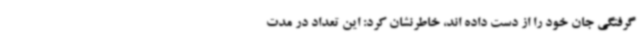
گرفتگی جان خود را از دست داده اند، خاطرنشان کرد: این تعداد در مدت